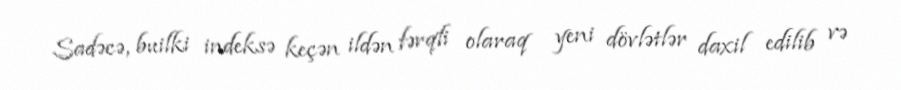
Sadəcə, builki indeksə keçən ildən fərqli olaraq yeni dövlətlər daxil edilib və